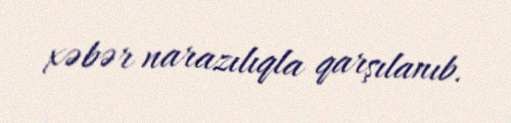
xəbər narazılıqla qarşılanıb.